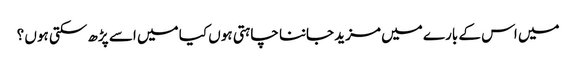
میں اس کے بارے میں مزید جاننا چاہتی ہوں کیا میں اسے پڑھ سکتی ہوں ؟